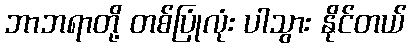
ဘာဘရာတို့ တစ်ပြုံလုံး ပါသွား နိုင်တယ်